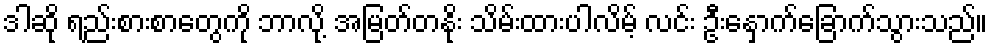
ဒါဆို ရည်းစားစာတွေကို ဘာလို့ အမြတ်တနိုး သိမ်းထားပါလိမ့် လင်း ဦးနှောက်ခြောက်သွားသည်။